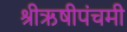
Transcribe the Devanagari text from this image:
श्रीऋषीपंचमी